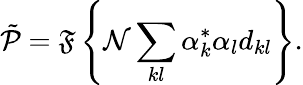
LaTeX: \tilde{\mathcal{P}}=\mathfrak{F}\left\{ \mathcal{N}\sum_{kl}\alpha_{k}^{*}\alpha_{l}d_{kl}\right\} .